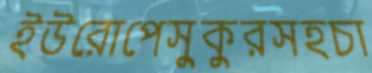
ইউরোপেসুকুরসহচা